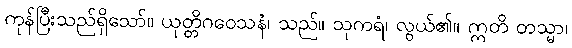
ကုန်ပြီးသည်ရှိသော်။ ယုတ္တိဂဝေသနံ၊ သည်။ သုကရံ၊ လွယ်၏။ ဣတိ တသ္မာ၊